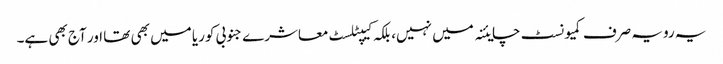
یہ رویہ صرف کمیونسٹ چایئنہ میں نہیں، بلکہ کیپٹلسٹ معاشرے جنوبی کوریا میں بھی تھا اور آج بھی ہے۔